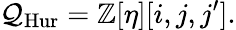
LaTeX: {\mathcal{Q}}_{\mathrm{Hur}}=\mathbb{Z}[\eta][i,j,j^{\prime}].